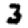
Digit: 3